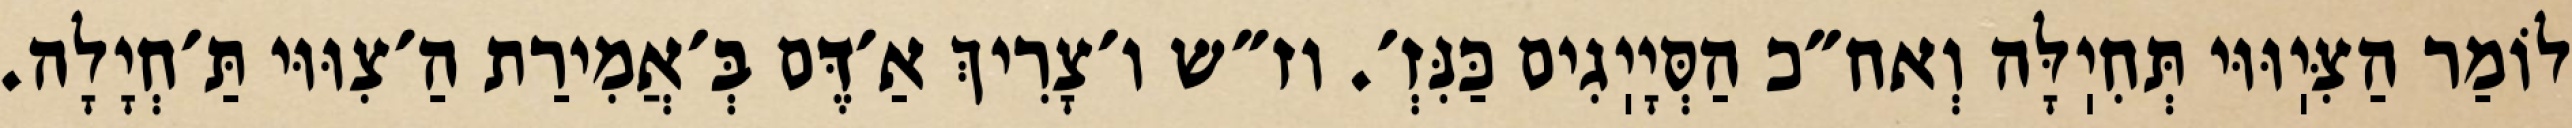
לוֹמַר הַצִּיֽוּוּי תְּחִיֽלָּה וְאח״כ הַסְּיָיֽגִים כַּנִּזְ׳. וז״ש ו׳צָרִיךְ אַ׳דֶּם בְּ׳אֲמִירַת הַ׳צִוּוּי תַּ׳חְיָלָה.